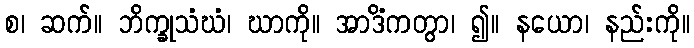
စ၊ ဆက်။ ဘိက္ခုသံဃံ၊ ဃာကို။ အာဒိံကတွာ၊ ၍။ နယော၊ နည်းကို။